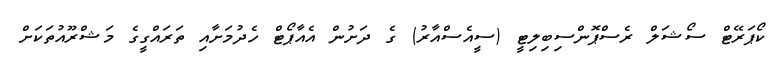
ކޯޕަރޭޓް ސޯޝަލް ރެސްޕޮންސިބިލިޓީ (ސީއެސްއާރު) ގެ ދަށުން އެއާޕޯޓް ހެދުމަށާއި ތަރައްގީގެ މަޝްރޫއުތަކަށް